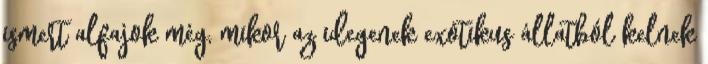
ismert alfajok még, mikor az idegenek exotikus állatból kelnek